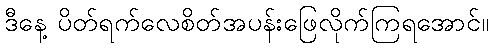
ဒီနေ့ ပိတ်ရက်လေစိတ်အပန်းဖြေလိုက်ကြရအောင်။